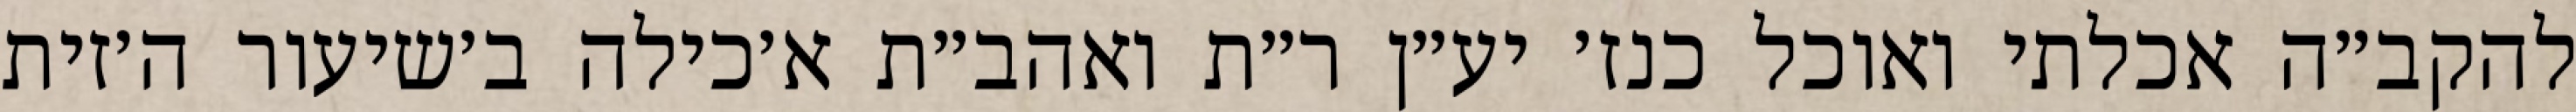
להקב״ה אכלתי ואוכל כנז׳ יע״ן ר״ת ואהב״ת א׳כילה ב׳שיעור ה׳זית